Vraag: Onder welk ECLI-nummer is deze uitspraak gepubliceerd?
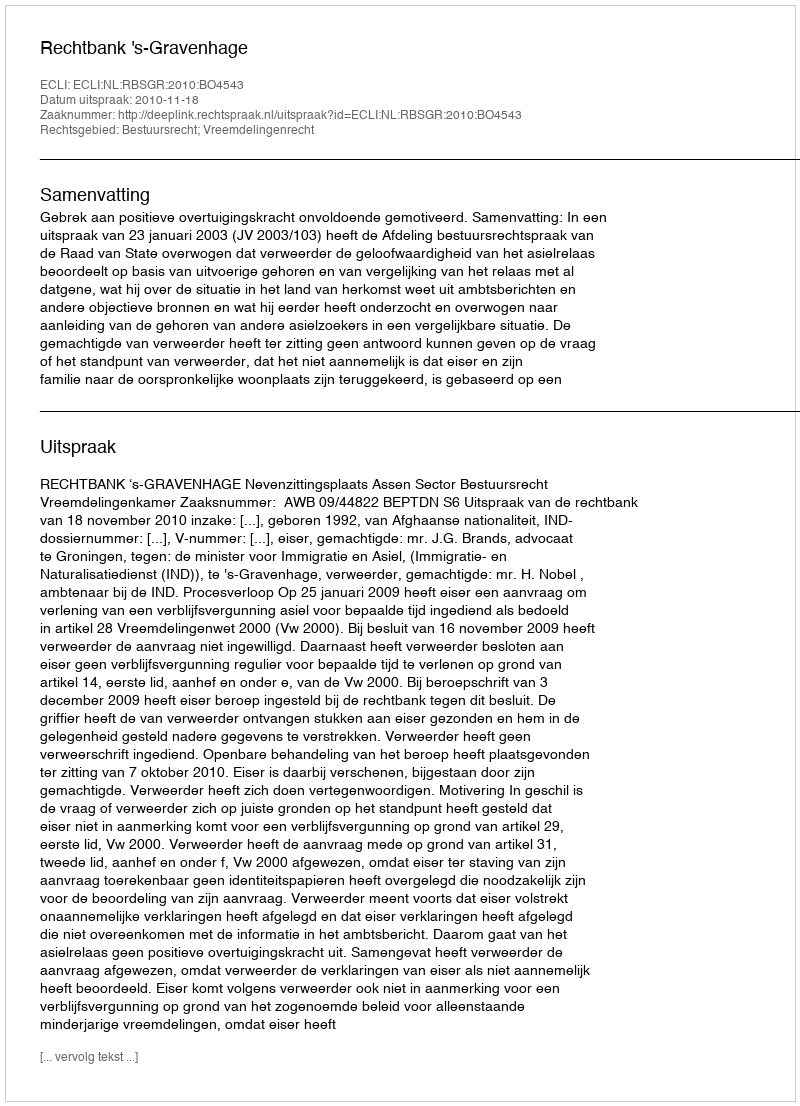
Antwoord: ECLI:NL:RBSGR:2010:BO4543